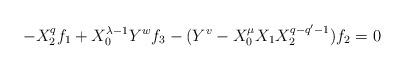
LaTeX: \begin{align*}-X_{2}^{q}f_{1}+ X_{0}^{\lambda-1}Y^{w}f_{3}-(Y^{v} - X_{0}^{\mu}X_{1}X_{2}^{q-q'-1})f_{2}=0\end{align*}